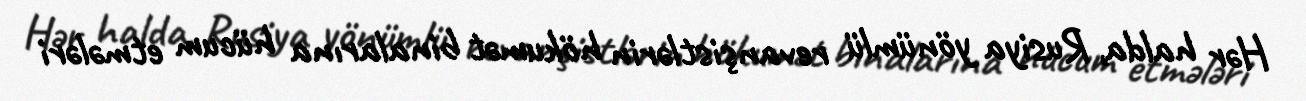
Hər halda, Rusiya yönümlü revanşistlərin hökumət binalarına hücum etmələri